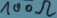
Text: 100Ω